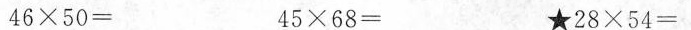
$$46 \ times 50 = $$ $$45 \ times 68 = $$ ★$$28 \ times 54 = $$